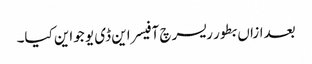
بعدازاں بطور ریسرچ آفیسر این ڈی یو جواین کیا۔